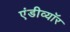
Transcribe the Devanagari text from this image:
एंडीव्यॉर